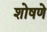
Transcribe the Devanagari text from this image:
शोषणे